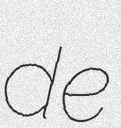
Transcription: de